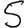
Digit: 5